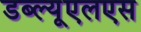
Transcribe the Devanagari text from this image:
डब्ल्यूएलएस